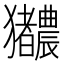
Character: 𬍎